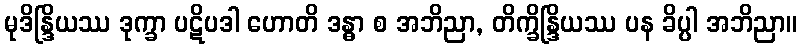
မုဒိန္ဒြိယဿ ဒုက္ခာ ပဋိပဒါ ဟောတိ ဒန္ဓာ စ အဘိညာ, တိက္ခိန္ဒြိယဿ ပန ခိပ္ပါ အဘိညာ။